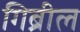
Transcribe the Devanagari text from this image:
गिब्रील